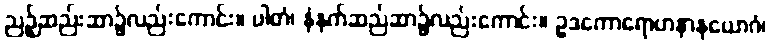
ညဉ့်ဆည်းဆာ၌လည်းကောင်း။ ပါတံ၊ နံနက်ဆည်ဆာ၌လည်းကောင်း။ ဥဒကောရောဟနာနုယောဂံ၊